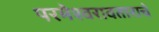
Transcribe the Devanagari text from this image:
परमेश्वरावताराचे